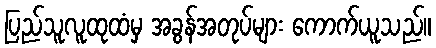
ပြည်သူလူထုထံမှ အခွန်အတုပ်များ ကောက်ယူသည်။